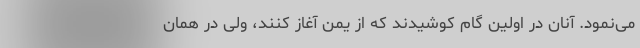
می‌نمود. آنان در اولین گام کوشیدند که از یمن آغاز کنند، ولی در همان